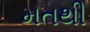
મતથી